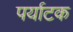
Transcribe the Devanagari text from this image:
पर्याटक